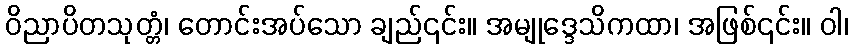
ဝိညာပိတသုတ္တံ၊ တောင်းအပ်သော ချည်၎င်း။ အမျုဒ္ဒေသိကထာ၊ အဖြစ်၎င်း။ ဝါ၊